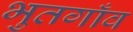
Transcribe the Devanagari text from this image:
भुतगाँव